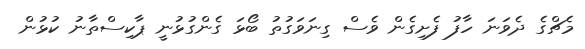
މެޗްގެ ދެވަނަ ހާފު ފެށިގެން ވެސް ގިނަވަގުތު ބޯޅަ ގެންގުޅުނީ ޕާކިސްތާނު ކުޅުން